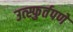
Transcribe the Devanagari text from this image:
उत्स्फुर्तपणे